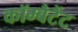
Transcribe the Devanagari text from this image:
कॉम्बैटैंट